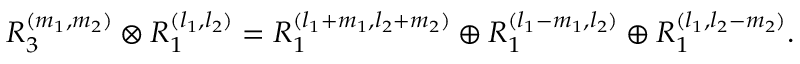
R _ { 3 } ^ { ( m _ { 1 } , m _ { 2 } ) } \otimes R _ { 1 } ^ { ( l _ { 1 } , l _ { 2 } ) } = R _ { 1 } ^ { ( l _ { 1 } + m _ { 1 } , l _ { 2 } + m _ { 2 } ) } \oplus R _ { 1 } ^ { ( l _ { 1 } - m _ { 1 } , l _ { 2 } ) } \oplus R _ { 1 } ^ { ( l _ { 1 } , l _ { 2 } - m _ { 2 } ) } .